system: You are a helpful assistant.
user:
Analyze the provided spectrum to determine if it is a **White Dwarf (WD)**.

A White Dwarf spectrum is defined by its **extreme purity** (due to gravitational settling) and/or **extreme pressure broadening** (due to high surface gravity). You must check for one of the following mutually exclusive signatures:

- **Key Visual Indicators (Check for ONE of these types):**

    - **1. DA-Type Signature (Most Common):**
        - **(Primary Feature):** Extreme pressure broadening (Stark broadening) of the **Hydrogen (H) Balmer lines**.
        - **(Key Lines):** $H\beta$ (approx. $4861$ Å) and $H\gamma$ (approx. $4340$ Å). $H\alpha$ (approx. $6563$ Å) will also be present if the wavelength range covers it.
        - **(Line Profile):** This is the **defining feature**. The lines are **NOT** sharp. They appear as massive, **extremely broad and deep "troughs" or "dips"** in the spectrum, often hundreds of Ångströms wide. The continuum will appear to "scoop" down at these wavelengths.
        - **(Distinction):** Normal A-type or B-type stars have *narrow* and *sharp* Hydrogen lines. A DA White Dwarf's lines are unmistakably "smeared" or "blurry" from pressure.

    - **2. DB-Type Signature:**
        - **(Primary Feature):** Broad absorption lines from **Neutral Helium (He I)**. The spectrum must lack any visible Hydrogen lines.
        - **(Key Lines):** Look for broad absorption near $4471$ Å, $4921$ Å, and $5876$ Å.
        - **(Line Profile):** These lines are also significantly pressure-broadened, appearing much wider than they would in a normal B-type main-sequence star.

    - **3. DC-Type Signature:**
        - **(Primary Feature):** A **featureless continuous spectrum**.
        - **(Line Profile):** The spectrum is a smooth curve with **no significant absorption or emission lines**.
        - **(Key Confirmation):** The continuum is almost always **blue or white**, indicating a hot object. This signature implies the atmosphere is so pure (or so cool) that no spectral lines are visible in the optical range. Its WD identity is confirmed by its extremely low intrinsic brightness (high absolute magnitude).

    - **4. DZ-Type Signature (Metal-Polluted):**
        - **(Primary Feature):** **Isolated, narrow metal absorption lines** on an otherwise featureless (DC-like) continuum.
        - **(Key Lines):** The **Calcium (Ca II) H & K doublet** (approx. **$3934$ Å** and **$3968$ Å**) is the most common and defining feature.
        - **(Line Profile):** These lines are "out of place." They are *not* part of a "forest" of thousands of lines. This signature is evidence of recent *accretion* (pollution) from rocky debris.
        - **(Distinction):** Normal G/K/M stars have a *dense forest* of thousands of metal lines. A DZ has a *clean* continuum with *only a few* strong metal lines.

    - **5. DQ-Type Signature (Carbon-Polluted):**
        - **(Primary Feature):** Absorption bands from **Carbon (C₂ "Swan Bands" or atomic C I)**.
        - **(Key Lines - C₂):** Look for bandheads with a "saw-tooth" shape near $5635$ Å, **$5165$ Å** (strongest), and $4737$ Å.
        - **(Key Confirmation):** The underlying **continuum must be blue or white** (hot).
        - **(Distinction):** This is the critical difference from a **Carbon Star**, which has the *exact same* C₂ bands but on an extremely **red, cool** continuum.

- **(Overall Spectrum):**
    - The continuum (overall shape) is typically **blue-sloping** (brighter in the blue than the red), as most white dwarfs are very hot.
    - The spectrum will look "pure" or "simple," dominated by only *one* of the five signatures listed above.

Think first, call **spectral_visualization_tool** if needed to examine features in detail, then provide your final answer. Your response must adhere to the following strict rules:
1.  **Overall Structure:** Your response must follow the format `<think>...</think> <tool_call>...</tool_call> (if a tool is used) <answer>...</answer>`.
2.  **Tool Usage Constraint:** You may only make **one** tool call per turn.
3.  **Final Answer Format:** In the `<answer>` tag, your conclusion must be inside a `\boxed{}` command (e.g., `\boxed{YES}` or `\boxed{NO}`), followed by your justification.

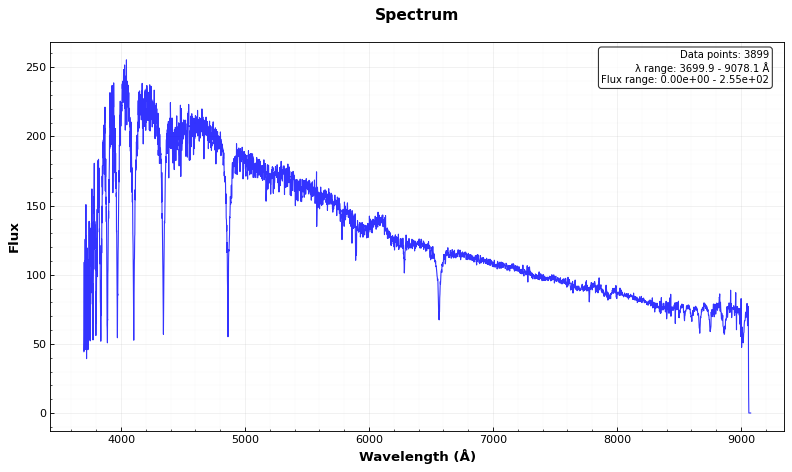
Answer: NO